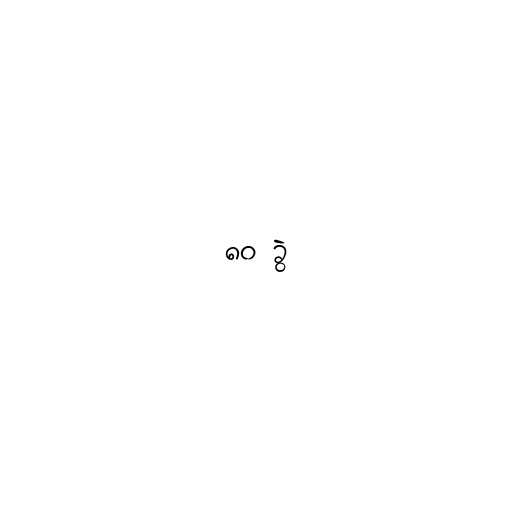
၈၀ ခွဲ